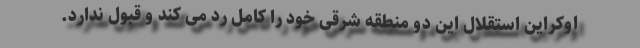
اوکراین استقلال این دو منطقه شرقی خود را کامل رد می کند و قبول ندارد.